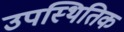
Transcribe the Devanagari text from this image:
उपस्थितिक